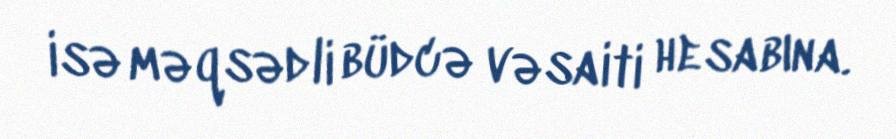
isə məqsədli büdcə vəsaiti hesabına.